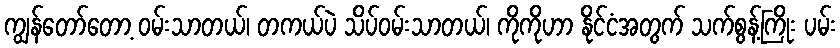
ကျွန်တော်တော့ ဝမ်းသာတယ်၊ တကယ်ပဲ သိပ်ဝမ်းသာတယ်၊ ကိုကိုဟာ နိုင်ငံအတွက် သက်စွန့်ကြိုး ပမ်း